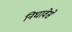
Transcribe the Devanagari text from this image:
निघावेसे